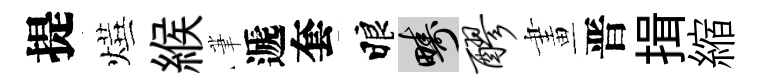
提燁緱茟遞套睱疇醪畫晋揖縮